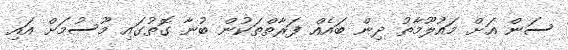
ސަން އަށް މައުލޫމާތު ދިން ބައެއް ފަރާތްތަކުން ބުނާ ގޮތުގައި މޫސުމަށް އައި